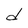
Character: d